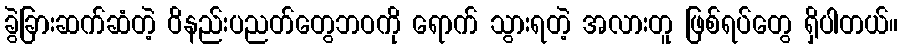
ခွဲခြားဆက်ဆံတဲ့ ဝိနည်းပညတ်တွေဘဝကို ရောက် သွားရတဲ့ အလားတူ ဖြစ်ရပ်တွေ ရှိပါတယ်။